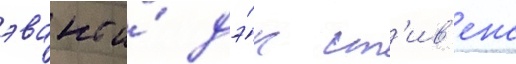
эванс и́ дэ́н ст'ив'енс